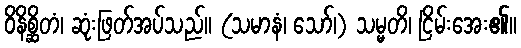
ဝိနိစ္ဆိတံ၊ ဆုံးဖြတ်အပ်သည်။ (သမာနံ၊ သော်၊) သမ္မတိ၊ ငြိမ်းအေး၏။